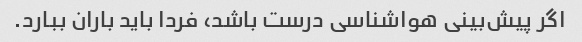
اگر پیش‌بینی هواشناسی درست باشد، فردا باید باران ببارد.